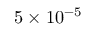
5 \times 1 0 ^ { - 5 }